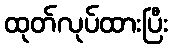
ထုတ်လုပ်ထားပြီး